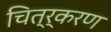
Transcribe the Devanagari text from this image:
चित्र्करण